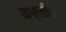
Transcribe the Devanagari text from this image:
जमातीः